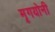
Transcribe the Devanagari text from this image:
मृगयोनी